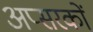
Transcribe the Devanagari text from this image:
अप्सरकों